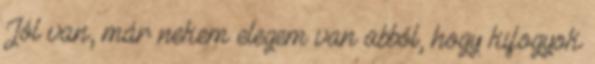
Jól van, már nekem elegem van abból, hogy kifogyok